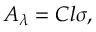
A _ { \lambda } = C l \sigma ,